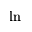
\ln